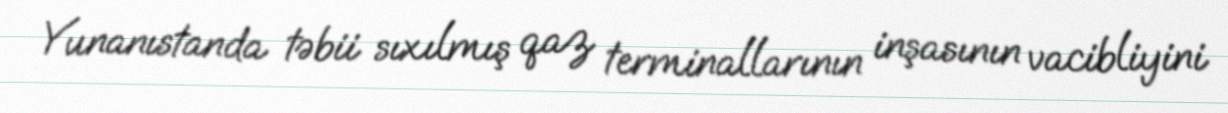
Yunanıstanda təbii sıxılmış qaz terminallarının inşasının vacibliyini